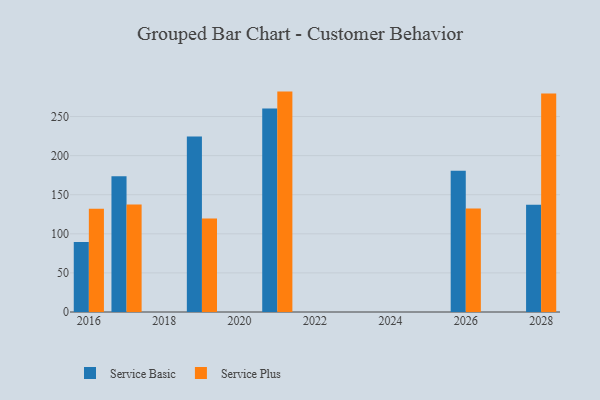
{"axis": {"x": "Year", "y": "Tickets Resolved"}, "legend": ["Service Basic", "Service Plus"], "data": [{"x": "2016", "y": 89.4, "type": "Service Basic"}, {"x": "2016", "y": 132.1, "type": "Service Plus"}, {"x": "2028", "y": 137.3, "type": "Service Basic"}, {"x": "2028", "y": 279.6, "type": "Service Plus"}, {"x": "2021", "y": 260.2, "type": "Service Basic"}, {"x": "2021", "y": 281.9, "type": "Service Plus"}, {"x": "2026", "y": 180.7, "type": "Service Basic"}, {"x": "2026", "y": 132.5, "type": "Service Plus"}, {"x": "2019", "y": 224.5, "type": "Service Basic"}, {"x": "2019", "y": 119.6, "type": "Service Plus"}, {"x": "2017", "y": 173.5, "type": "Service Basic"}, {"x": "2017", "y": 137.6, "type": "Service Plus"}]}